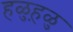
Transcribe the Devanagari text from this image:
हळुह़ळु